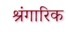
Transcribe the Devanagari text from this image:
श्रंगारिक